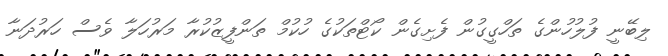
ލިބޭނީ ފުލުހުންގެ ތަހްގީގުން ފެށިގެން ކޯޓްތަކުގެ ހުކުމް ތަންފީޒުކުރާ މަރުހަލާ ވެސް ހަރުދަނާ